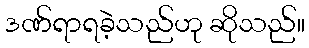
ဒဏ်ရာရခဲ့သည်ဟု ဆိုသည်။